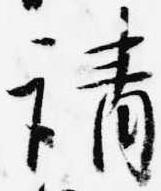
請